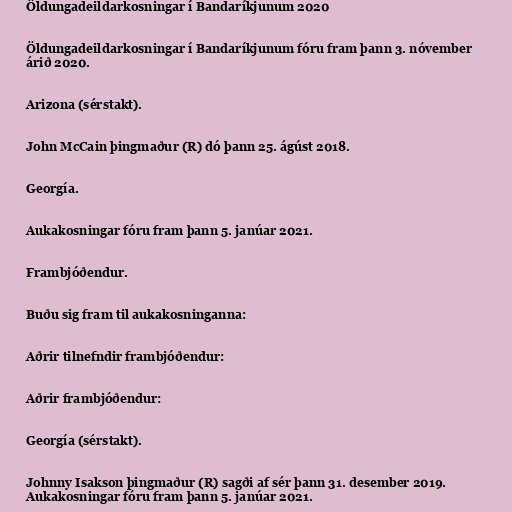
Öldungadeildarkosningar í Bandaríkjunum 2020

Öldungadeildarkosningar í Bandaríkjunum fóru fram þann 3. nóvember
árið 2020.

Arizona (sérstakt).

John McCain þingmaður (R) dó þann 25. ágúst 2018.

Georgía.

Aukakosningar fóru fram þann 5. janúar 2021.

Frambjóðendur.

Buðu sig fram til aukakosninganna:

Aðrir tilnefndir frambjóðendur:

Aðrir frambjóðendur:

Georgía (sérstakt).

Johnny Isakson þingmaður (R) sagði af sér þann 31. desember 2019.
Aukakosningar fóru fram þann 5. janúar 2021.